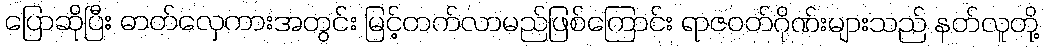
ပြောဆိုပြီး ဓာတ်လှေကားအတွင်း မြင့်တက်လာမည်ဖြစ်ကြောင်း ရာဇဝတ်ဂိုဏ်းများသည် နတ်လူတို့